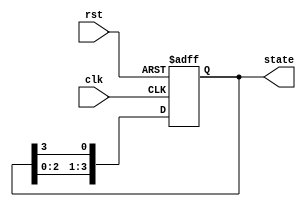
module johnson_counter(
    input clk,
    input rst,
    output reg [3:0] state
);

reg [3:0] next_state;

always @(posedge clk or posedge rst) begin
    if (rst) begin
        state <= 4'b0001; // Initial state
    end else begin
        state <= next_state;
    end
end

always @(*) begin
    next_state[0] = state[3];
    next_state[1] = state[0];
    next_state[2] = state[1];
    next_state[3] = state[2];
end

endmodule